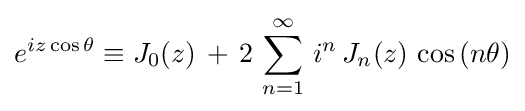
e^{iz\cos \theta }\equiv J_{0}(z)\,+\,2\,\sum _{n=1}^{\infty }\,i^{n}\,J_{n}(z)\,\cos \,(n\theta )